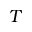
T